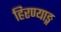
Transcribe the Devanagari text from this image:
हिरण्याङ्ग